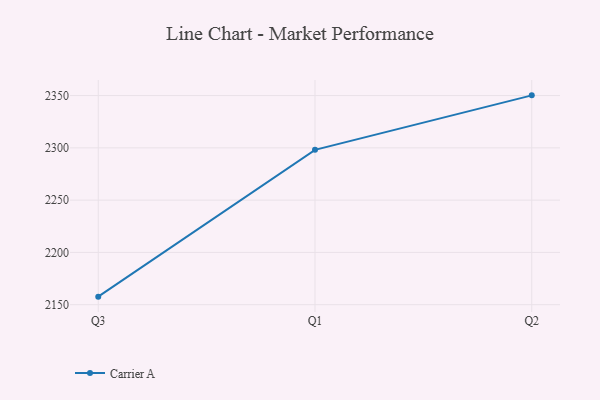
{"axis": {"x": "Quarter", "y": "Market Share (%)"}, "legend": ["Carrier A"], "data": [{"x": "Q3", "y": 2157.7, "type": "Carrier A"}, {"x": "Q1", "y": 2298.1, "type": "Carrier A"}, {"x": "Q2", "y": 2350.2, "type": "Carrier A"}]}